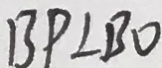
B P \bot B O